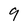
Character: 9